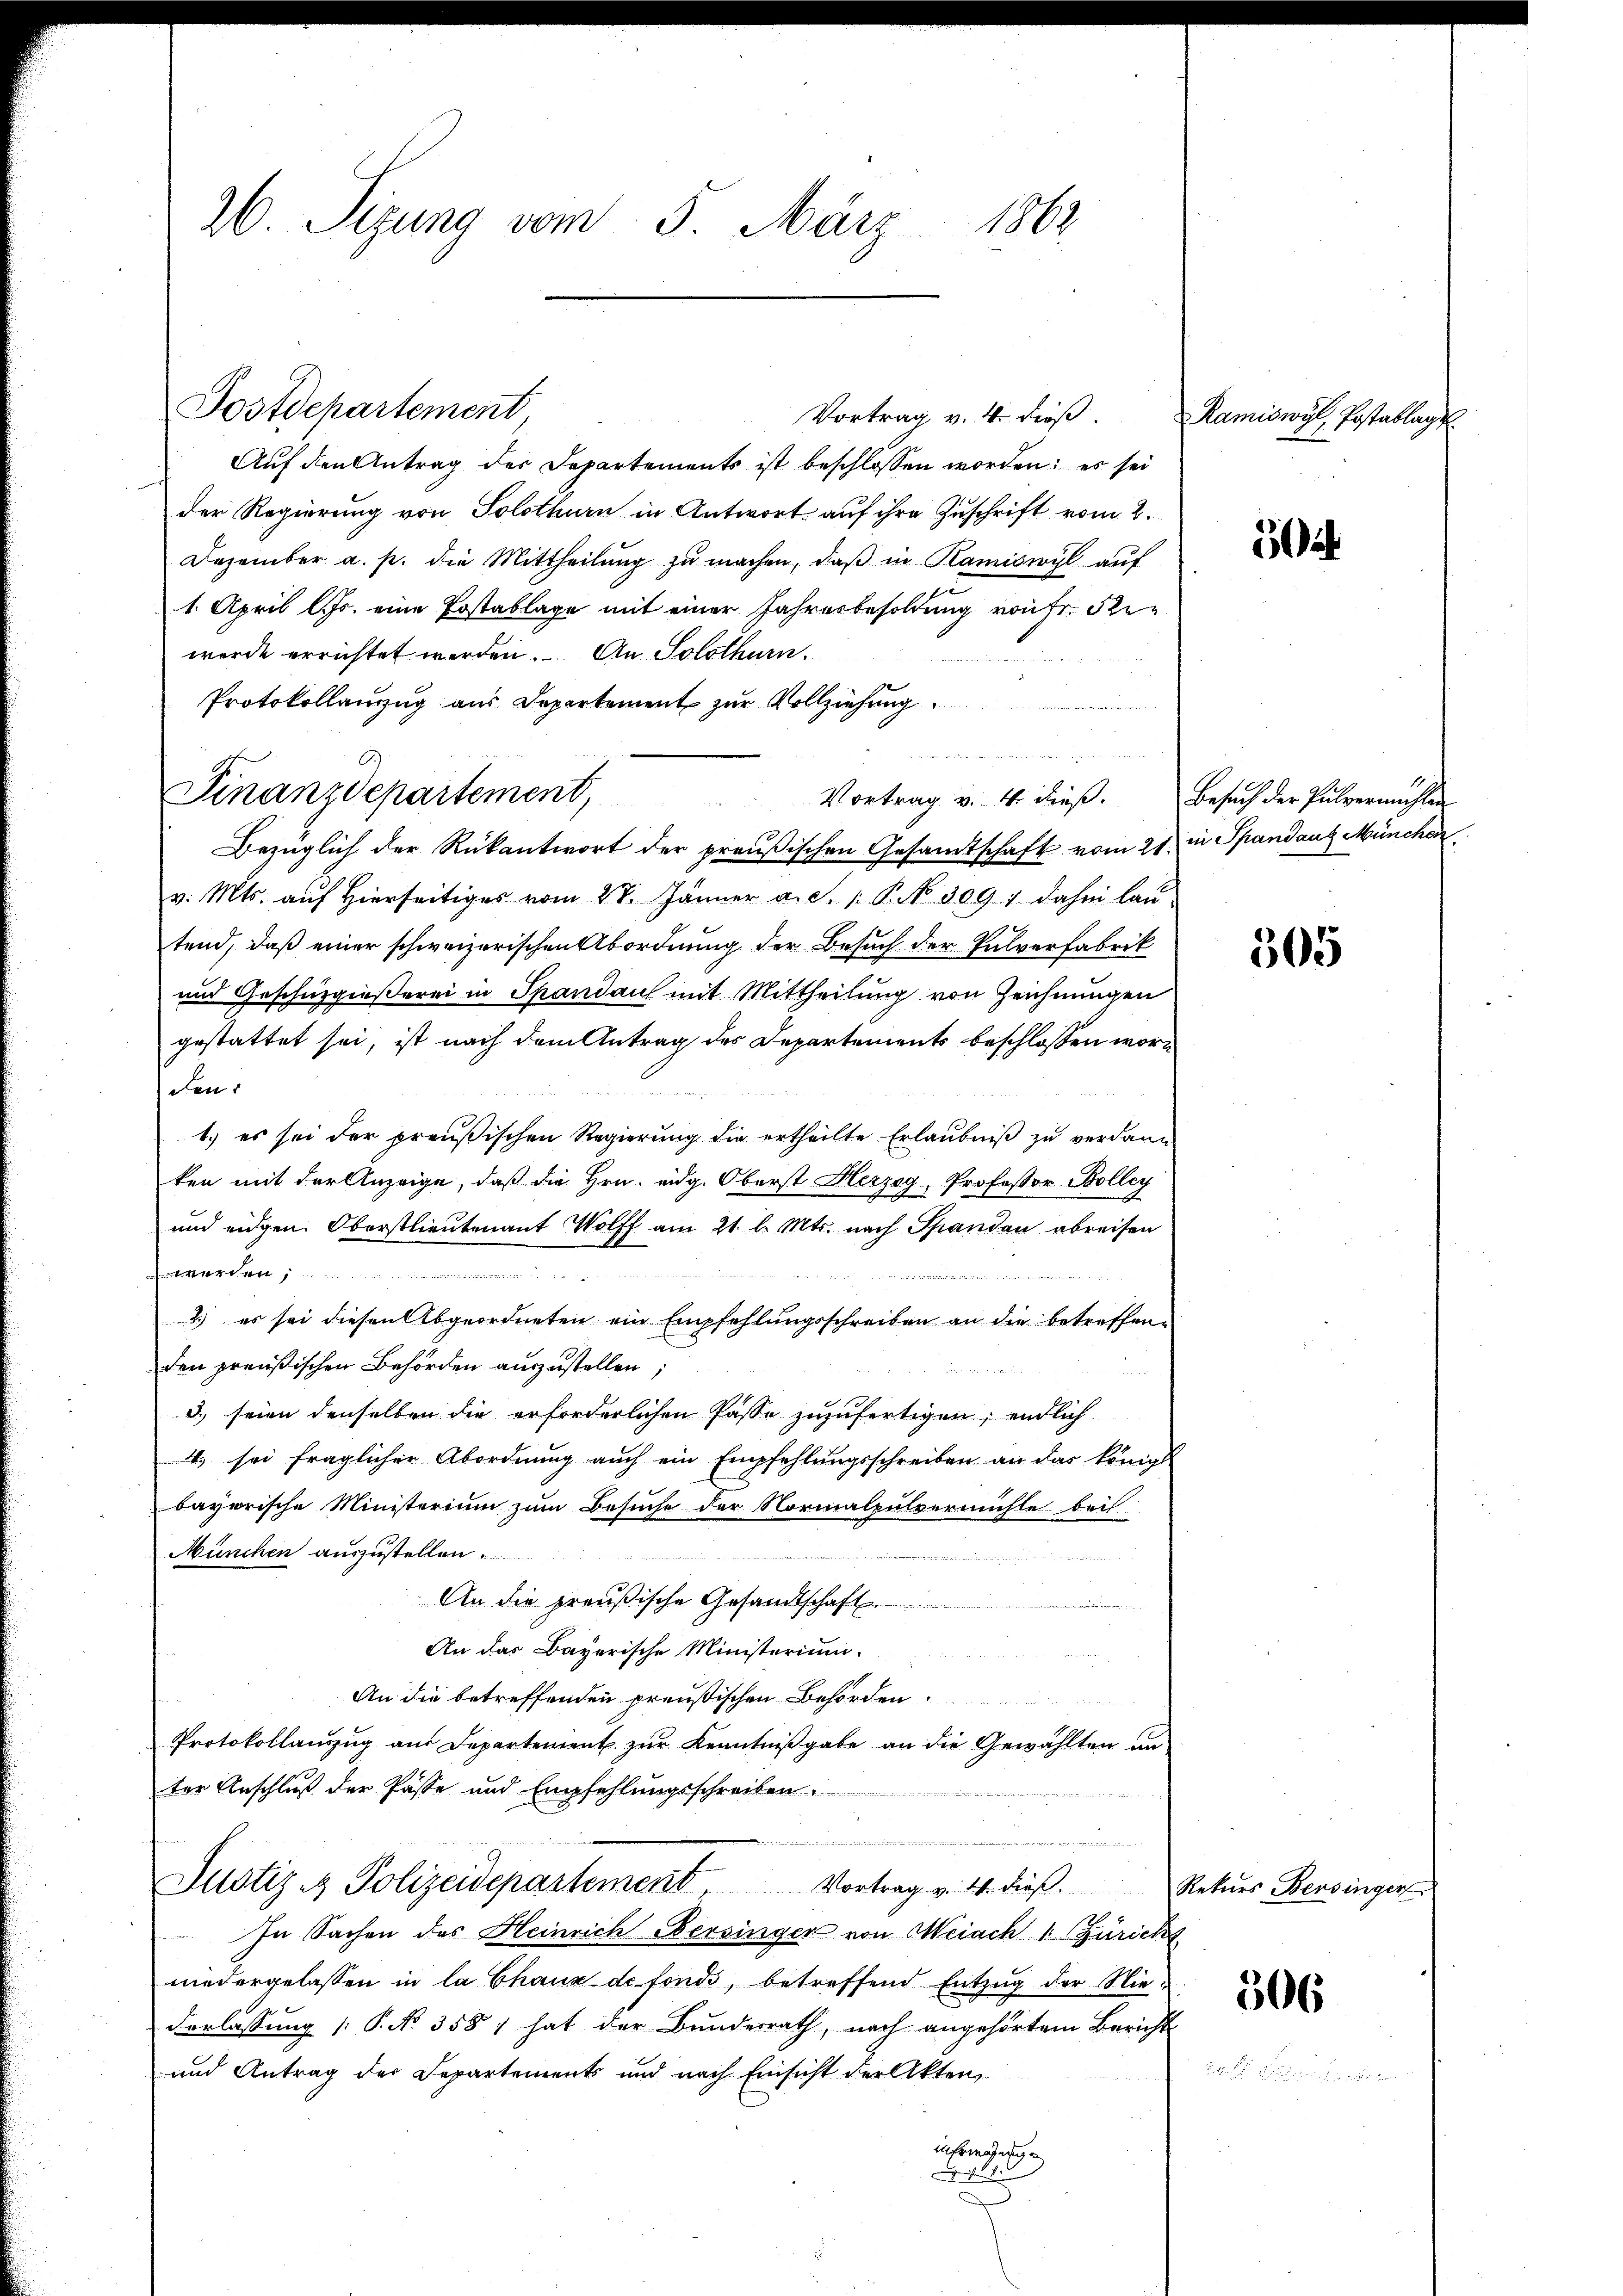
26. Sizung vom 5. März 1862

Vortrag v. 4. dieß.
Auf den Antrag des Departements ist beschlossen worden; es sei
der Regierung von Solothurn in Antwort auf ihre Zuschrift vom 2.
Dezember a. p. die Mittheilŭng zŭ machen, daβ in Kamiswyl auf
1. April l. Js. eine Postablage mit einer Jahresbesoldung von fr. Rewerde errichtet werden. An Solothurn.
Protokollanzzug aus Departement zur Vollziehung
u
Vortrag v. 4. dieß.
Bezüglich der Rükantwort der preußischen Gesamtschaft vom 21.
v. Mts. auf hierseitiges vom 28. Jänner a. c. 1. P. No 309 ; dahin lau
tend, daß einer schweizerischen Abordnung der Besuch der Pulverfabrik
und Geschüzgießerei in Spandau mit Mittheilung von Zeichnungen
gestattet sei, ist nach dem Antrag des Departements beschlossen worden
1.) es sei der preußischen Regierung die ertheilte Erlaubniß zu verdann
ken mit der Anzeige, daß die Hrn. eidg. Oberst Herzog, Professor Bolley
und eidgen. Oberstlieutenant Wolff am 21. l. Mts. nach Spandau abreisen
werten

2) es sei diesen Abgeordneten ein Empfehlungsschreiben an die betreffenden preußischen Behörden auszustellen;
3.) seien denselben die erforderlichen Pässe zuzufertigen, endlich
4. sei fraglicher Abordnung auch ein Empfehlungsschreiben an das königl
bayorische Ministerium zum Besuche der Normalpulvermühle bei
München auszustellen.
r
dnn den das in de
An die preußische Gesandtschaft
e
An das Bayerische Ministerium.
An die betreffenden preußischen Behörden.
Protokollauszug aus Departement zur Kenntnißgabe an die Gewählten un
ter Anschluß der Paste und Empfehlungsschreiben

Justiz & Polizeidepartement Vortrag v. 4. dieß.
In Sachen des Heinrich Bersinger von Weiach 1. Zürich
niedergelassen in la Chaus de fonds, betreffend Entzug der Niederlassung (: P. No 358; hat der Bundesrath, nach angehörtem Bericht
und Antrag des Departements und nach Einsicht der Akten,
infrage

Postdepartement,

Finanzdepartement

Ramiswyl, Postablage.

52

Besuch der Pulvermühlen
in Spandaus München

305

Rekurs Bersinger

306